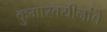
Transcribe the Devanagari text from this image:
कुमारवयीनांचे